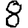
Digit: 8